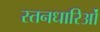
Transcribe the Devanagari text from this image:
स्तनधारिओं